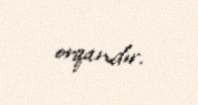
orqandır.